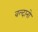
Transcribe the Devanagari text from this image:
वल्दानो